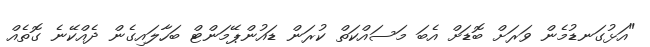
"އަޅުގަނޑުމެން ވަރަށް ބޮޑަށް އެބަ މަސައްކަތް ކުރަން ޑައުންޕޭމަންޓް ބަހާލައިގެން ދެއްކޭނެ ގޮތެއް